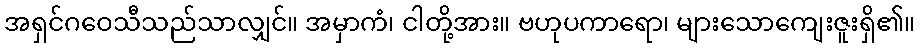
အရှင်ဂဝေသီသည်သာလျှင်။ အမှာကံ၊ ငါတို့အား။ ဗဟုပကာရော၊ များသောကျေးဇူးရှိ၏။